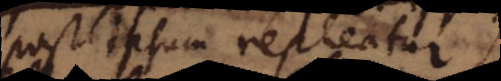
post ipsum repleatur.